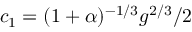
c _ { 1 } = ( 1 + \alpha ) ^ { - 1 / 3 } g ^ { 2 / 3 } / 2